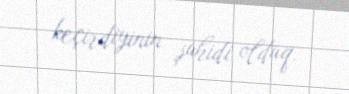
keçirdiyinin şahidi olduq.